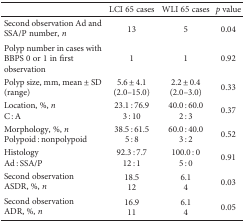
<table><thead><tr><td></td><td><b>LCI 65 cases</b></td><td><b>WLI 65 cases</b></td><td><b><i>p</i> value</b></td></tr></thead><tbody><tr><td>Second observation Ad and SSA/P number, <i>n</i></td><td>13</td><td>5</td><td>0.04</td></tr><tr><td>Polyp number in cases with BBPS 0 or 1 in first observation</td><td>1</td><td>1</td><td>0.92</td></tr><tr><td>Polyp size, mm, mean ± SD(range)</td><td>5.6 ± 4.1(2.0–15.0)</td><td>2.2 ± 0.4(2.0–3.0)</td><td>0.33</td></tr><tr><td>Location, %, <i>n</i>C : A</td><td>23.1 : 76.93 : 10</td><td>40.0 : 60.02 : 3</td><td>0.37</td></tr><tr><td>Morphology, %, <i>n</i>Polypoid : nonpolypoid</td><td>38.5 : 61.55 : 8</td><td>60.0 : 40.03 : 2</td><td>0.52</td></tr><tr><td>HistologyAd : SSA/P</td><td>92.3 : 7.712 : 1</td><td>100.0 : 05 : 0</td><td>0.91</td></tr><tr><td>Second observationASDR, %, <i>n</i></td><td>18.512</td><td>6.14</td><td>0.03</td></tr><tr><td>Second observationADR, %, <i>n</i></td><td>16.911</td><td>6.14</td><td>0.05</td></tr></tbody></table>